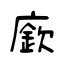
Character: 廞